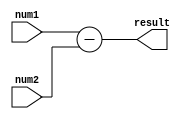
module subtractor(
    input [7:0] num1,
    input [7:0] num2,
    output reg [7:0] result
);

reg [7:0] reg_num1;
reg [7:0] reg_num2;

always @ (num1)
    reg_num1 <= num1;

always @ (num2)
    reg_num2 <= num2;

always @ (reg_num1, reg_num2)
    result <= reg_num1 - reg_num2;

endmodule